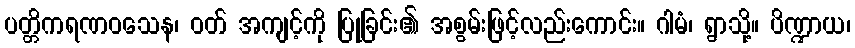
ပတ္တိကရဏဝသေန၊ ဝတ် အကျင့်ကို ပြုခြင်း၏ အစွမ်းဖြင့်လည်းကောင်း။ ဂါမံ၊ ရွာသို့။ ပိဏ္ဍာယ၊